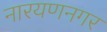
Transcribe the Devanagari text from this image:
नारयणनगर